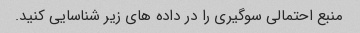
منبع احتمالی سوگیری را در داده های زیر شناسایی کنید.